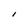
Character: I